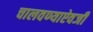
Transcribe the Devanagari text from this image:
चालवण्याऐवजी